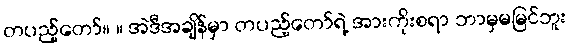
တပည့်တော်။ ။ အဲဒီအချိန်မှာ တပည့်တော်ရဲ့ အားကိုးစရာ ဘာမှမမြင်ဘူး